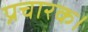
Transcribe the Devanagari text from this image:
प्रचारक।